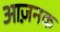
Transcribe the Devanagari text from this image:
आज़नक